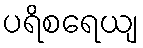
ပရိစရေယျ